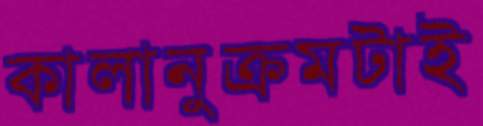
কালানুক্রমটাই